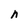
Character: n